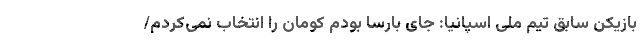
بازیکن سابق تیم ملی اسپانیا: جای بارسا بودم کومان را انتخاب نمی‌کردم/